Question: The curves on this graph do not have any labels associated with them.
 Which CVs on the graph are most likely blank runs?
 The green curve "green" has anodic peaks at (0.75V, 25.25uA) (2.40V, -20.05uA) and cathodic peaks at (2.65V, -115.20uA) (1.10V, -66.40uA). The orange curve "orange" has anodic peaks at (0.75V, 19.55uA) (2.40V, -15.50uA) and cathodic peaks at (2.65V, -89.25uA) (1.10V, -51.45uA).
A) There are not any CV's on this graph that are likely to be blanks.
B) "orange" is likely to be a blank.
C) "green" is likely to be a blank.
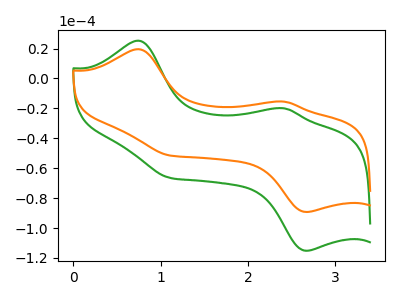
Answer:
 <answer>A) There are not any CV's on this graph that are likely to be blanks.</answer>
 <eval>A</eval>